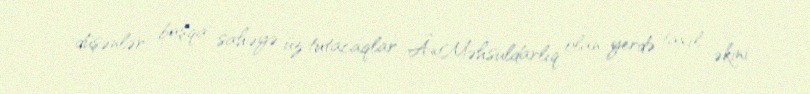
düşənlər başqa sahəyə üz tutacaqlar: Â«Məhsuldarlıq olan yerdə taxıl əkini